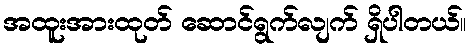
အထူးအားထုတ် ဆောင်ရွက်လျက် ရှိပါတယ်။